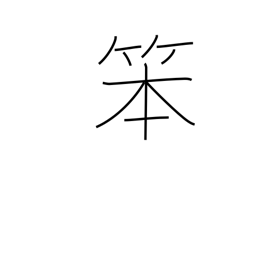
Meaning: coarse